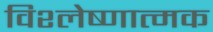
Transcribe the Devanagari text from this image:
विश्लेष्णात्मक